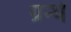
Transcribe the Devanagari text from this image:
ग्रन्थे